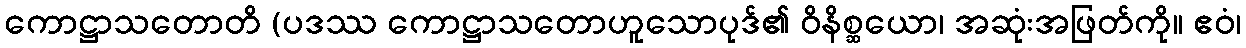
ကောဋ္ဌာသတောတိ (ပဒဿ ကောဋ္ဌာသတောဟူသောပုဒ်၏ ဝိနိစ္ဆယော၊ အဆုံးအဖြတ်ကို။ ဧဝံ၊